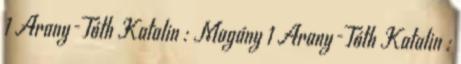
1 Arany-Tóth Katalin : Magány 1 Arany-Tóth Katalin :